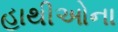
હાથીઓના